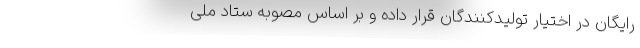
رایگان در اختیار تولیدکنندگان قرار داده و بر اساس مصوبه ستاد ملی